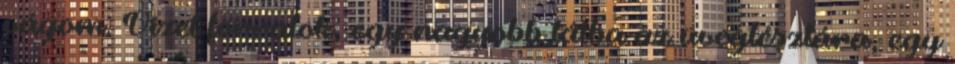
vágom. Vizet forralok, egy nagyobb tálba az üvegtésztára, egy